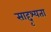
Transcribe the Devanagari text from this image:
साद्दृश्यता